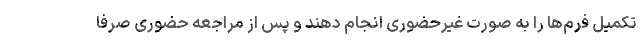
تکمیل فرم‌ها را به صورت غیرحضوری انجام دهند و پس از مراجعه حضوری صرفاً